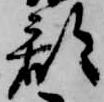
郡